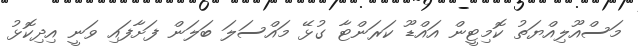
މަސްއޫލިއްޔަތު ކޮމިޓީން އައްޑޫ ކަރަންޓާ ގުޅޭ މައްސަލަ ބަލަން ފަށާފައި ވަނީ އިދިކޮޅު